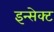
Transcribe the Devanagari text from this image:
इन्सेक्ट